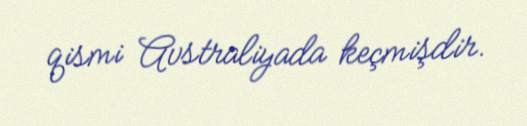
qismi Avstraliyada keçmişdir.